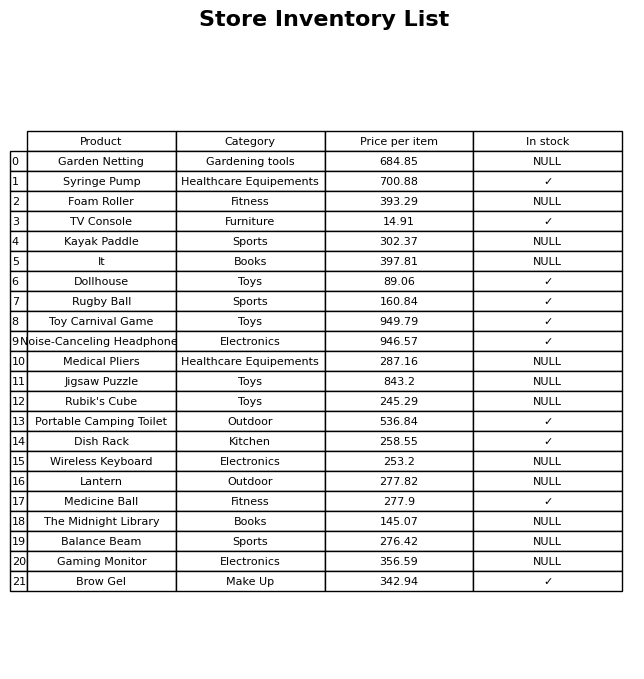
question: What is the price of the Gaming Monitor?
answer: The price of Gaming Monitor is 356.59.